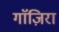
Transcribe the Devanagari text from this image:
गाॅज़िरा